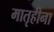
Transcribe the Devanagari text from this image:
मातृहीना